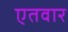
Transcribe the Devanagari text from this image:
एतवार